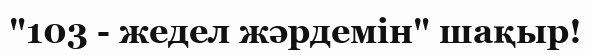
"103 - жедел жәрдемін" шақыр!